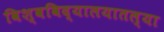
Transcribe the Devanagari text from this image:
विश्वविद्यालयातल्या